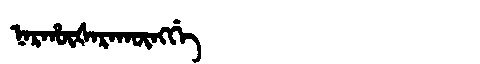
Manchu: ᠨᠠᡵᡥᡡᡧᠠᡵᠠᡴᡡᠩᡤᡝ
Romanization: NARHŪŠARAKŪNGGE